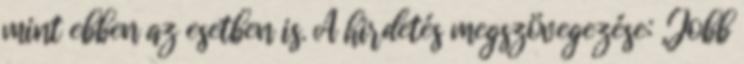
mint ebben az esetben is. A hirdetés megszövegezése: „Jobb